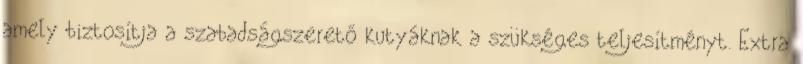
amely biztosítja a szabadságszerető kutyáknak a szükséges teljesítményt. Extra